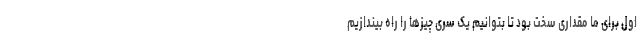
اول برای ما مقداری سخت بود تا بتوانیم یک سری چیزها را راه بیندازیم